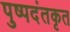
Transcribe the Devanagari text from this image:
पुष्पदंतकृत